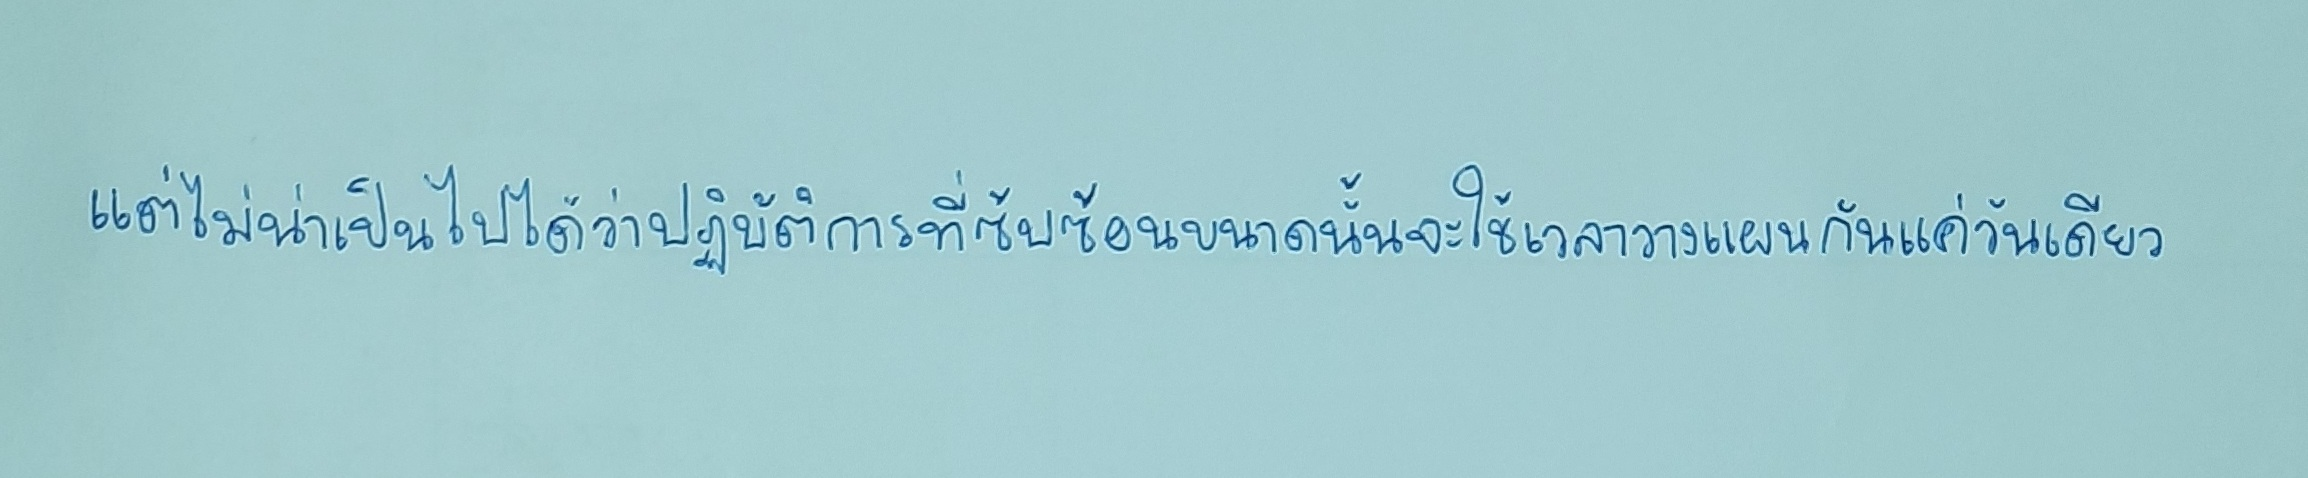
แต่ไม่น่าเป็นไปได้ว่าปฏิบัติการที่ซับซ้อนขนาดนั้นจะใช้เวลาวางแผนกันแค่วันเดียว